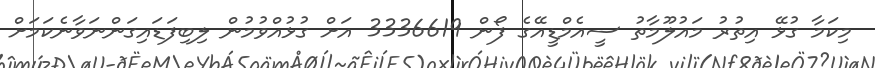
މިކަމާ ގުޅޭ އިތުރު މައުލޫމާތު ސީއެމްޑީއޭގެ ފޯން 3336619 އަށް ގުޅުއްވުމުން ލިބިފަޑައިގަންނަވާނެކަމަށް